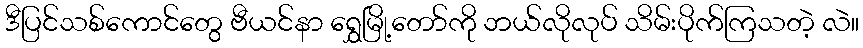
ဒီပြင်သစ်ကောင်တွေ ဗီယင်နာ ရွှေမြို့တော်ကို ဘယ်လိုလုပ် သိမ်းပိုက်ကြသတဲ့ လဲ။